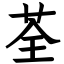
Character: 荃